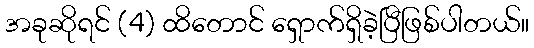
အခုဆိုရင် (4) ထိတောင် ရှောက်ရှိခဲ့ပြီဖြစ်ပါတယ်။